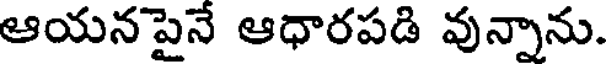
ఆయనపైనే ఆధారపడి వున్నాను.